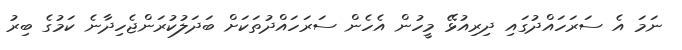
ނަމަ އެ ސަރަހައްދުގައި ދިރިއުޅޭ މީހުން އެހެން ސަރަހައްދުތަކަށް ބަދަލުކުރަންޖެހިދާނެ ކަމުގެ ބިރު